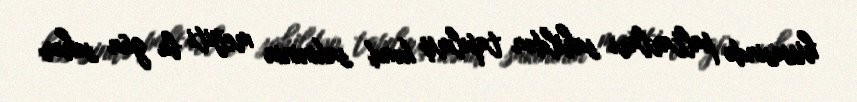
hissəsində paltarları sahildən tapılmış kənd sakininin meyiti bu gün səhər